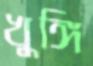
খুঙ্গি